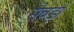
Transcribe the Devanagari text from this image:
सेवड़ों